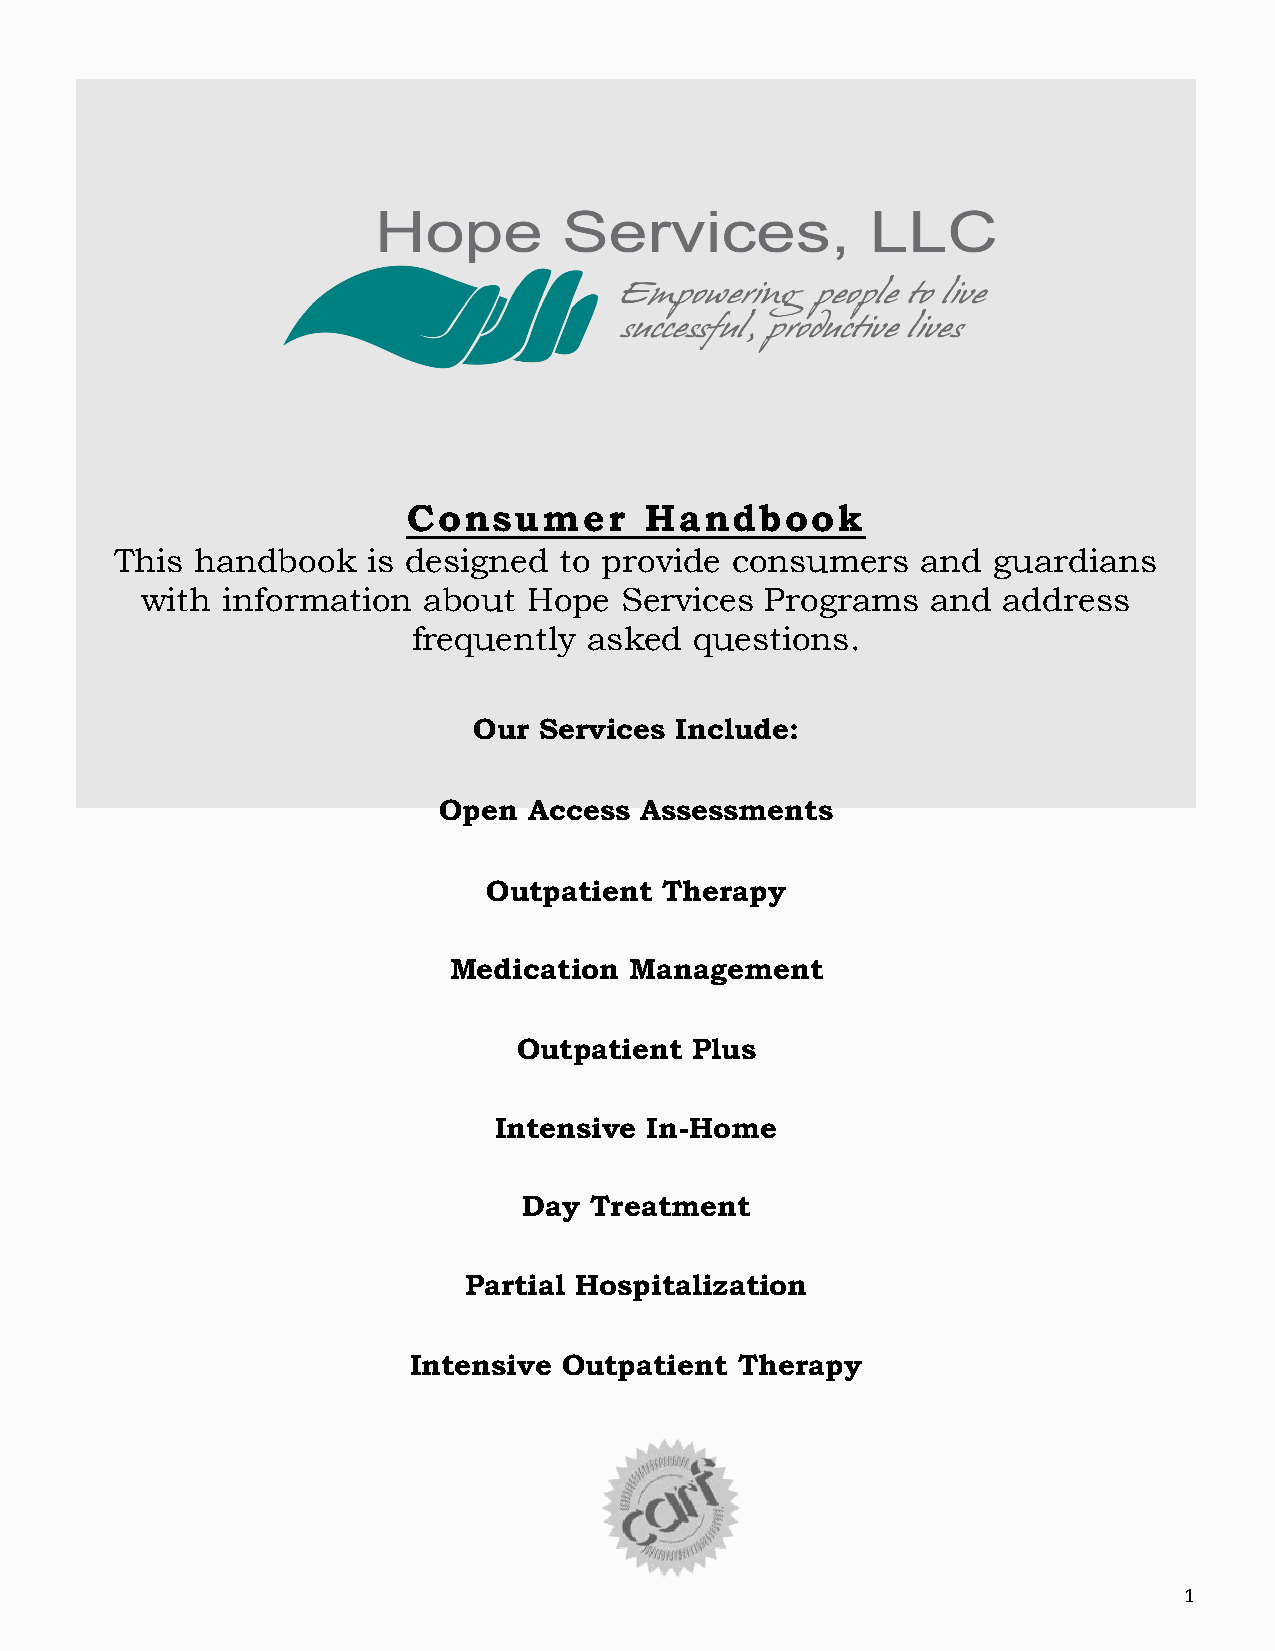
Consumer        Handbook
 This handbook   is designed  to provide consumers    and  guardians
 with  information  about  Hope  Services  Programs   and address
 frequently  asked  questions.
 Our  Services Include:
 Open  Access Assessments
 Outpatient  Therapy
 Medication  Management
 Outpatient  Plus
 Intensive In-Home
 Day Treatment
 Partial Hospitalization
 Intensive Outpatient  Therapy
 1